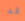
قد